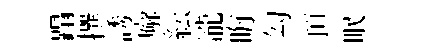
蹋撰誘廨紜瀧晦勾頂眠